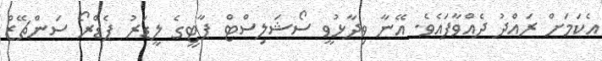
އެކަމަށް ރައްދު ދެއްވާފައެވެ. އޭނާ ވިދާޅުވީ ސޯޝަލިސްޓް ޕާޓީގެ ލީޑަރު ޕެޑްރޯ ސަންޗޭޒް